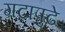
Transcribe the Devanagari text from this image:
गटापुढे